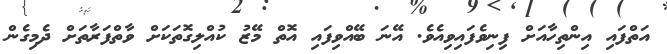
އަތްފައި އިންތިހާއަށް ފިނިވެފައިވިއެވެ. އޭނަ ބޭއްވިފައި އޮތް މޭޒު ކުއްލިގޮތަކަށް ވާތްފަރާތަށް ދެމިގެން